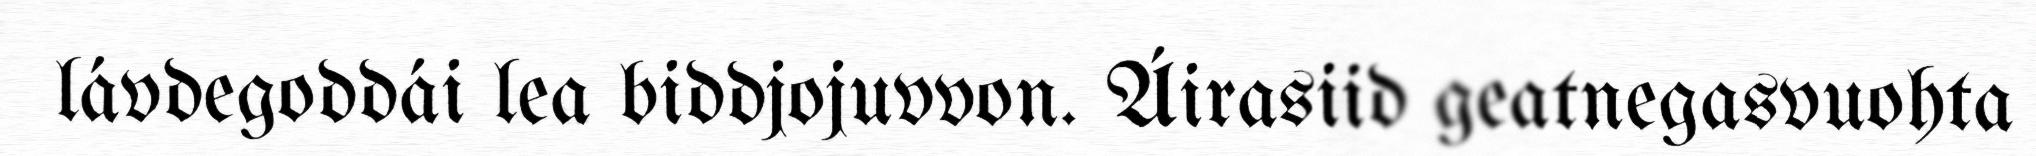
lávdegoddái lea biddjojuvvon. Áirasiid geatnegasvuohta